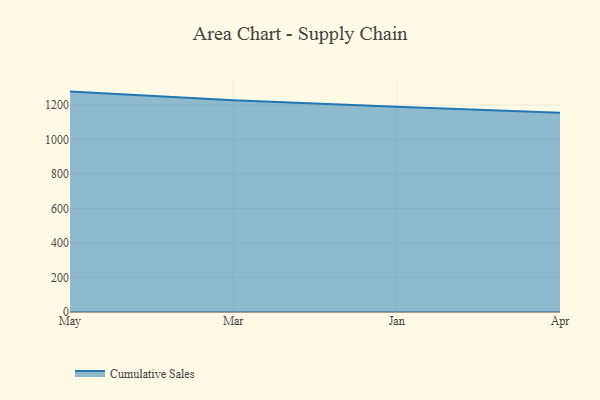
{"axis": {"x": "Month", "y": "Temperature (°C)"}, "legend": ["Cumulative Sales"], "data": [{"x": "May", "y": 1278.2, "type": "Cumulative Sales"}, {"x": "Mar", "y": 1228.5, "type": "Cumulative Sales"}, {"x": "Jan", "y": 1189.9, "type": "Cumulative Sales"}, {"x": "Apr", "y": 1155.0, "type": "Cumulative Sales"}]}